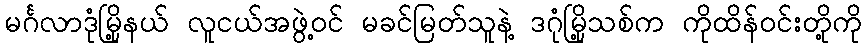
မင်္ဂလာဒုံမြို့နယ် လူငယ်အဖွဲ့ဝင် မခင်မြတ်သူနဲ့ ဒဂုံမြို့သစ်က ကိုထိန်ဝင်းတို့ကို